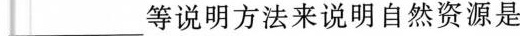
_____等说明方法来说明自然资源是